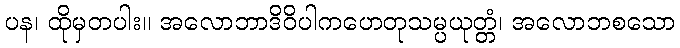
ပန၊ ထိုမှတပါး။ အလောဘာဒိဝိပါကဟေတုသမ္ပယုတ္တံ၊ အလောဘစသော